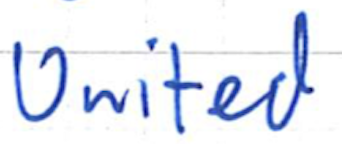
Text: United
Cross-out: clean
Writing tool: ballpoint